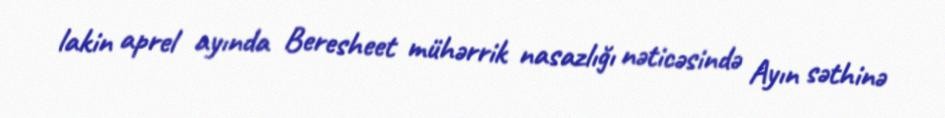
lakin aprel ayında Beresheet mühərrik nasazlığı nəticəsində Ayın səthinə